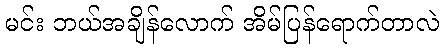
မင်း ဘယ်အချိန်လောက် အိမ်ပြန်ရောက်တာလဲ